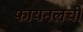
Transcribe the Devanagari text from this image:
फायनलची